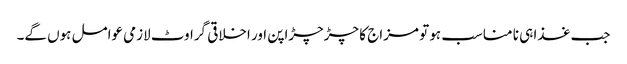
جب غذا ہی نا مناسب ہو تو مزاج کا چڑچڑاپن اور اخلاقی گراوٹ لازمی عوامل ہوں گے۔